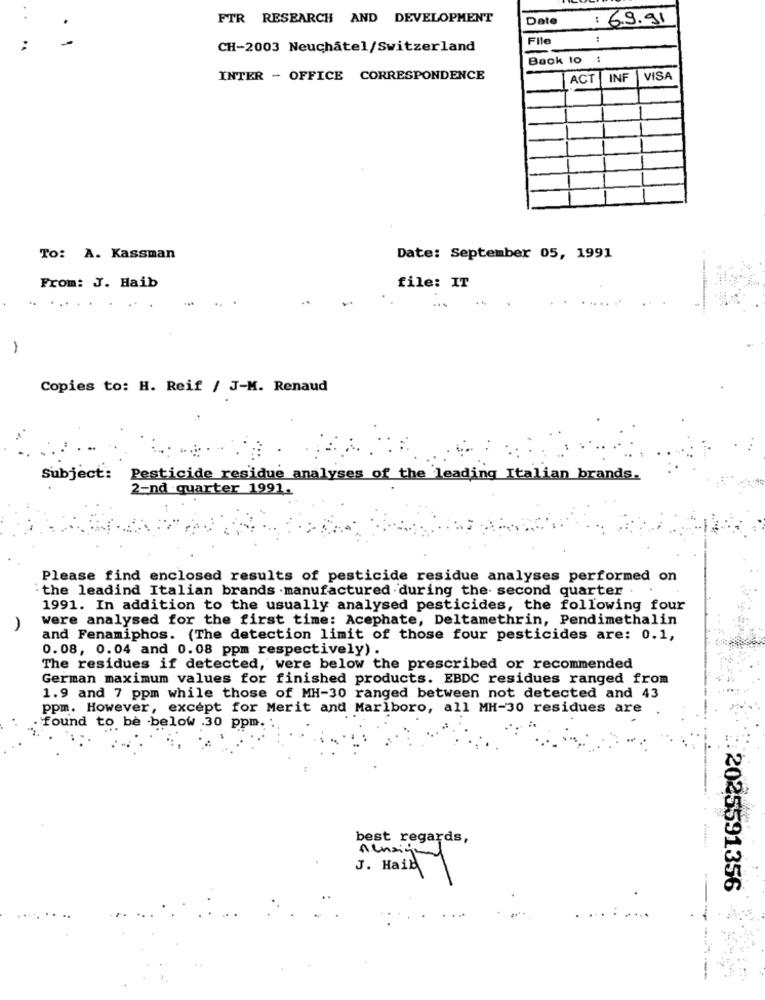
FTR RESEARCH AND DEVELOPMENT
Date
: 69.91
File
-
CH-2003 Neuchâtel/Switzerland
Back to
INTER - OFFICE CORRESPONDENCE
ACT
INF
VISA
To: A. Kassman
Date: September 05, 1991
From: J. Haib
file: IT
...
Copies to: H. Reif / J-M. Renaud
Subject:
Pesticide residue analyses of the leading Italian brands.
2-nd quarter 1991.
Please find enclosed results of pesticide residue analyses performed on
: the leadind Italian brands . manufactured . during the second quarter
1991. In addition to the usually analysed pesticides, the following four
were analysed for the first time: Acephate, Deltamethrin, Pendimethalin
and Fenamiphos. (The detection limit of those four pesticides are: 0.1,
0.08, 0.04 and 0.08 ppm respectively) .
The residues if detected, were below the prescribed or recommended
German maximum values for finished products. EBDC residues ranged from
1.9 and 7 ppm while those of MH-30 ranged between not detected and 43
ppm. However, except for Merit and Marlboro, all MH-30 residues are
found to be below .30 ppm.
best regards,
nunsigned
J. Haib
2025591356